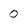
Character: 0